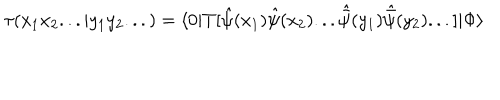
LaTeX: \tau ( x _ { 1 } x _ { 2 } . . . | y _ { 1 } y _ { 2 } . . . ) = \langle 0 | T [ { \hat { \psi } } ( x _ { 1 } ) { \hat { \psi } } ( x _ { 2 } ) . . . { \hat { \bar { \psi } } } ( y _ { 1 } ) { \hat { \bar { \psi } } } ( y _ { 2 } ) . . . ] | \Phi \rangle